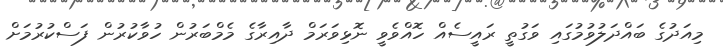
މިއަދުގެ ބައްދަލުވުމުގައި ވަގުތީ ރައީސެއް ހޮއްވެވީ ނޮޅިވަރަމް ދާއިރާގެ މެމްބަރުން ހުވާކުރުން ފަސްކުރުމަށް